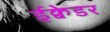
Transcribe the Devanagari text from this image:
ईक्वेडर